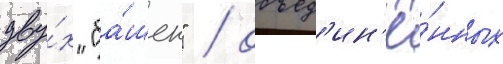
дву́х "ба́шен" / объед'ин'ё́нных